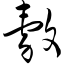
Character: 毂